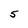
Character: 5